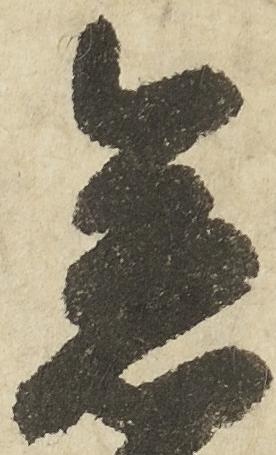
急